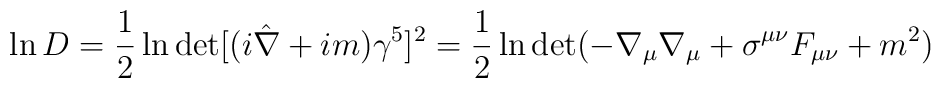
\ln D =\frac{1}{2} \ln \det[(i\hat{\nabla} +im)\gamma^5]^2=\frac{1}{2} \ln {\det} (-\nabla_{\mu}\nabla_{\mu} +\sigma^{\mu\nu}F_{\mu\nu} +m^2)\label 5